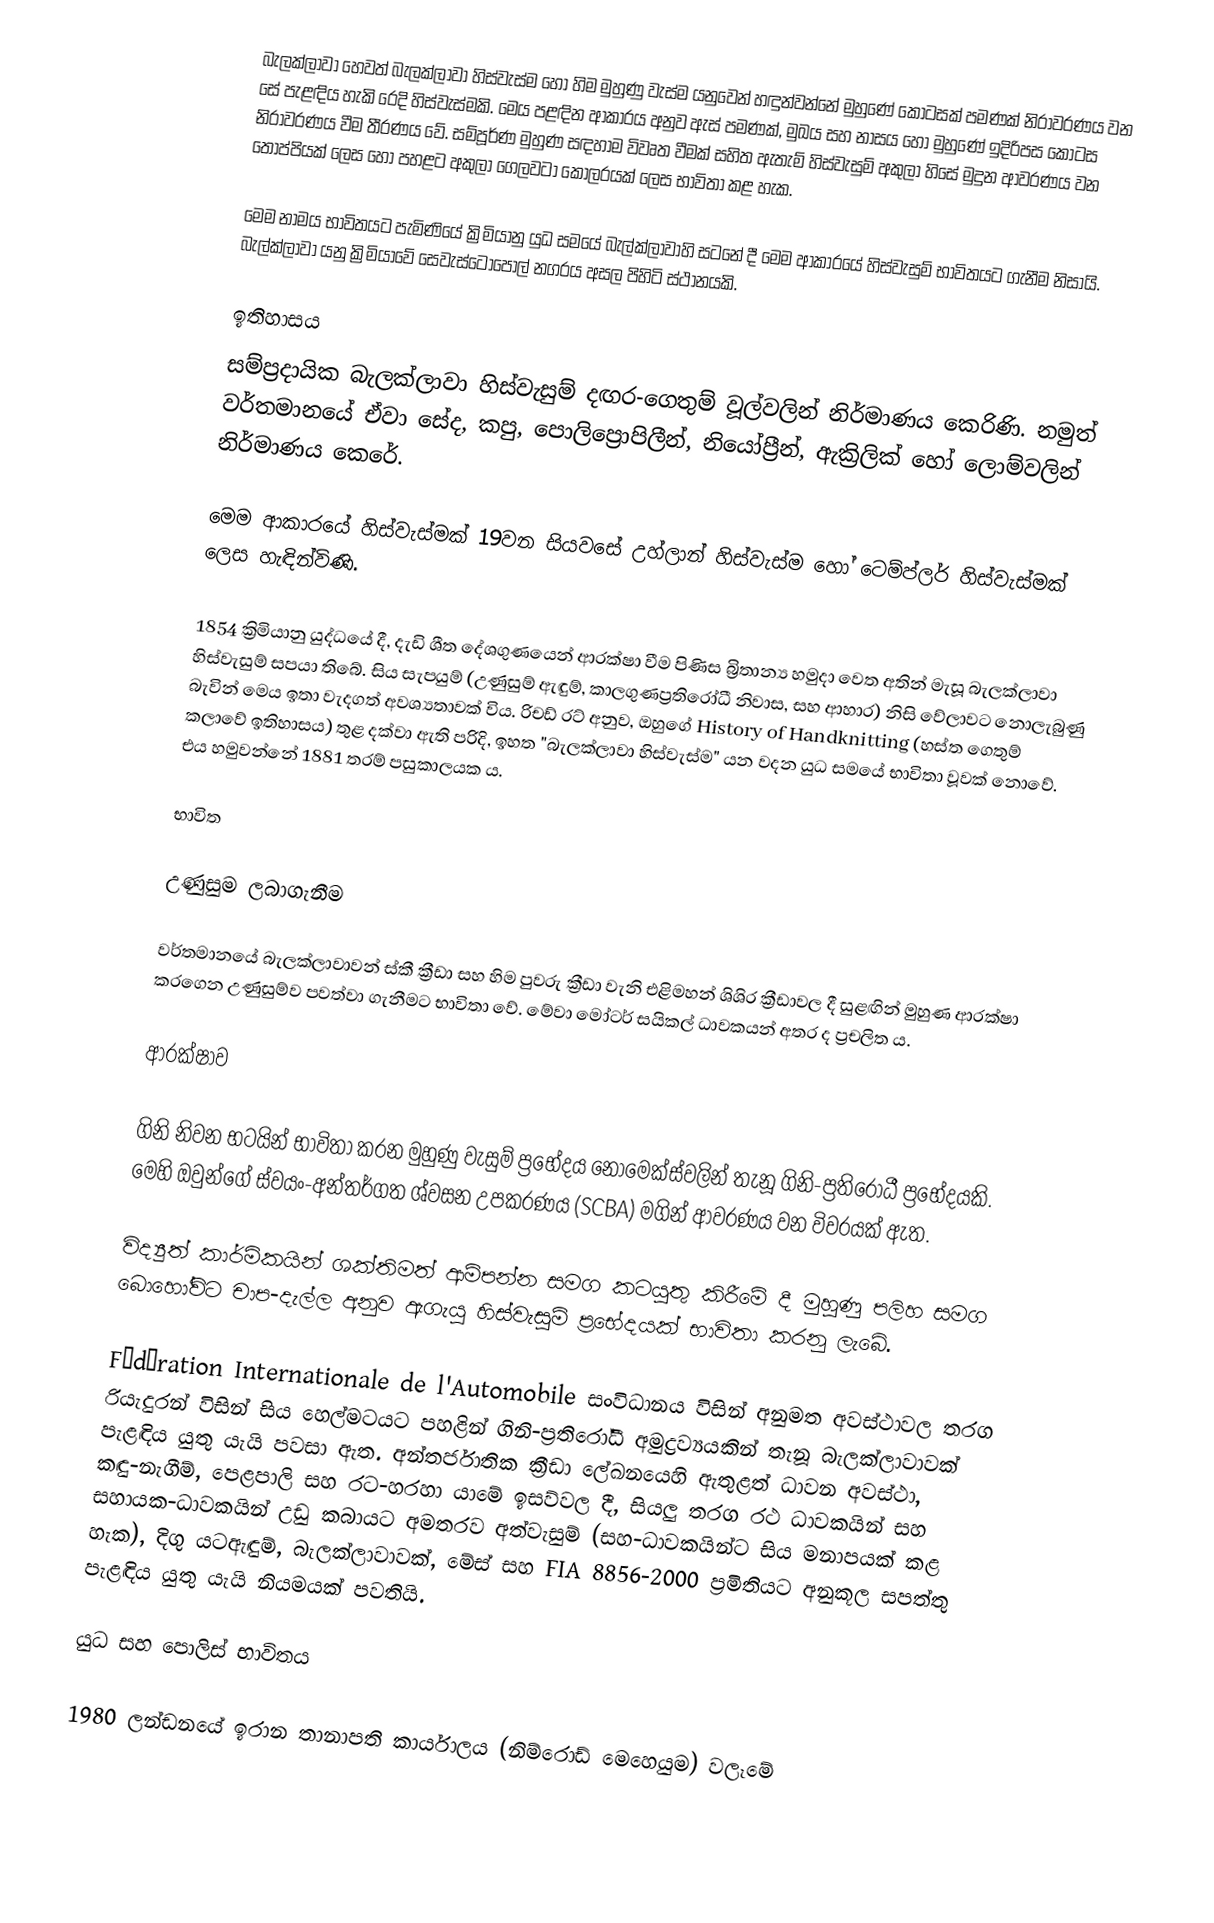
බැලක්ලාවා හෙවත් බැලක්ලාවා හිස්වැස්ම හෝ හිම මුහුණු වැස්ම යනුවෙන් හඳුන්වන්නේ මුහුණේ කොටසක් පමණක් නිරාවරණය වන සේ පැළඳිය හැකි රෙදි හිස්වැස්මකි. මෙය පළඳින ආකාරය අනුව ඇස් පමණක්, මුඛය සහ නාසය හෝ මුහුණේ ඉදිරිපස කොටස නිරාවරණය වීම තීරණය වේ. සම්පූර්ණ මුහුණ සඳහාම විවෘත වීමක් සහිත ඇතැම් හිස්වැසුම් අකුලා හිසේ මුදුන ආවරණය වන තොප්පියක් ලෙස හෝ පහළට අකුලා ගෙලවටා කොලරයක් ලෙස භාවිතා කළ හැක.

මෙම නාමය භාවිතයට පැමිණියේ ක්‍රිමියානු යුධ සමයේ බැල්ක්ලාවාහි සටනේ දී මෙම ආකාරයේ හිස්වැසුම් භාවිතයට ගැනීම නිසායි. බැල්ක්ලාවා යනු ක්‍රිමියාවේ සෙවැස්ටොපොල් නගරය අසල පිහිටි ස්ථානයකි.

ඉතිහාසය
සම්ප්‍රදායික බැලක්ලාවා හිස්වැසුම් දඟර-ගෙතුම් වූල්වලින් නිර්මාණය කෙරිණි. නමුත් වර්තමානයේ ඒවා සේද, කපු, පොලිප්‍රොපිලීන්, නියෝප්‍රීන්, ඇක්‍රිලික් හෝ ලොම්වලින් නිර්මාණය කෙරේ.

මෙම ආකාරයේ හිස්වැස්මක් 19වන සියවසේ උහ්ලාන් හිස්වැස්ම හෝ ටෙම්ප්ලර් හිස්වැස්මක් ලෙස හැඳින්විණි.

1854 ක්‍රිමියානු යුද්ධයේ දී, දැඩි ශීත දේශගුණයෙන් ආරක්ෂා වීම පිණිස බ්‍රිතාන්‍ය හමුදා වෙත අතින් මැසූ බැලක්ලාවා හිස්වැසුම් සපයා තිබේ. සිය සැපයුම් (උණුසුම් ඇඳුම්, ‍කාලගුණප්‍රතිරෝධී නිවාස, සහ ආහාර) නිසි වේලාවට නොලැබුණු බැවින් මෙය ඉතා වැදගත් අවශ්‍යතාවක් විය. රිචඩ් රට් අනුව, ඔහුගේ History of Handknitting (හස්ත ගෙතුම් කලාවේ ඉතිහාසය) තුළ දක්වා ඇති පරිදි, ඉහත "බැලක්ලාවා හිස්වැස්ම" යන වදන යුධ සමයේ භාවිතා වූවක් නොවේ. එය හමුවන්නේ 1881 තරම් පසුකාලයක ය.

භාවිත

උණුසුම ලබාගැනීම

වර්තමානයේ බැලක්ලාවාවන් ස්කී ක්‍රීඩා සහ හිම පුවරු ක්‍රීඩා වැනි එළිමහන් ශිශිර ක්‍රීඩාවල දී සුළඟින් මුහුණ ආරක්ෂා කරගෙන උණුසුම්ව පවත්වා ගැනීමට භාවිතා වේ. මේවා මෝටර් සයිකල් ධාවකයන් අතර ද ප්‍රචලිත ය.

ආරක්ෂාව

ගිනි නිවන භටයින් භාවිතා කරන මුහුණු වැසුම් ප්‍රභේදය නොමෙක්ස්වලින් තැනූ ගිනි-ප්‍රතිරෝධී ප්‍රභේදයකි. මෙහි ඔවුන්ගේ ස්වයං-අන්තර්ගත ශ්වසන උපකරණය (SCBA) මගින් ආවරණය වන විවරයක් ඇත.

විද්‍යුත් කාර්මිකයින් ශක්තිමත් ආම්පන්න සමග කටයුතු කිරීමේ දී මුහුණු පලිහ සමග බොහෝවිට චාප-දැල්ල අනුව ඇගැයූ හිස්වැසුම් ප්‍රභේදයක් භාවිතා කරනු ලැබේ.

Fédération Internationale de l'Automobile සංවිධානය විසින් අනුමත අවස්ථාවල තරග රියැදුරන් විසින් සිය හෙල්මටයට පහළින් ගිනි-ප්‍රතිරෝධී අමුද්‍රව්‍යයකින් තැනූ බැලක්ලාවාවක් පැළඳිය යුතු යැයි පවසා ඇත. අන්තර්ජාතික ක්‍රීඩා ලේඛ‍නයෙහි ඇතුළත් ධාවන අවස්ථා, කඳු-නැගීම්, පෙළපාලි සහ රට-හරහා යාමේ ඉසව්වල දී, සියලු තරග රථ ධාවකයින් සහ සහායක-ධාවකයින් උඩු කබායට අමතරව අත්වැසුම් (සහ-ධාවකයින්ට සිය මනාපයක් කළ හැක), දිගු යටඇඳුම්, බැලක්ලාවාවක්, මේස් සහ FIA 8856-2000 ප්‍රමිතියට අනුකූල සපත්තු පැළඳිය යුතු යැයි නියමයක් පවතියි.

යුධ සහ පොලිස් භාවිතය

1980 ලන්ඩනයේ ඉරාන තානාපති කාර්යාලය (නිම්රොඩ් මෙහෙයුම) වලෑමේ